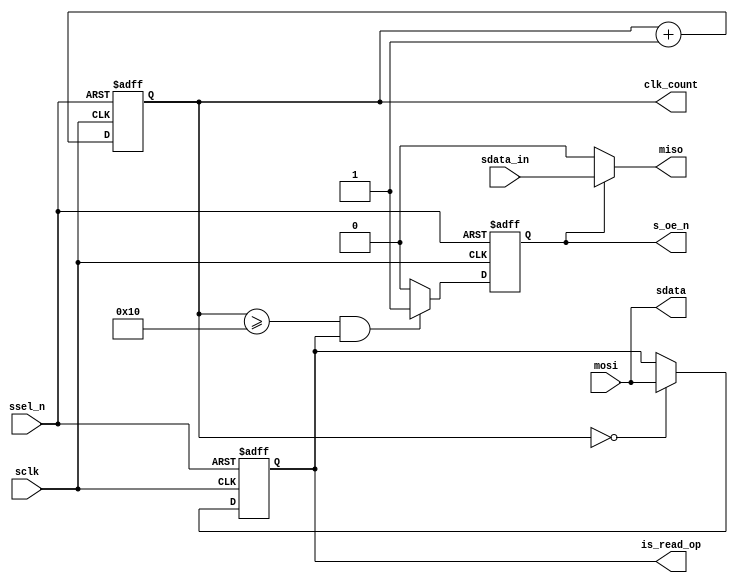


module spi_oe_gen_for_ad9253_3wire_interface
(
input ssel_n,
input sclk,
input wire mosi,
output wire miso,
output reg s_oe_n,
output wire sdata,
input wire sdata_in,
output reg is_read_op = 0,
output reg [7:0] clk_count = 0
) /* synthesis black_box */;



always @(posedge sclk or posedge ssel_n)
begin 
     if (ssel_n)
	 begin
		  is_read_op <= 0;
		  clk_count <= 0;
	 end else
	 begin
	      if (clk_count == 0)
		  begin //stop counting once R/W bit is reached		        
				is_read_op <= sdata;
		  end
		  clk_count <= clk_count + 1;
	 end
end


always @(negedge sclk or posedge ssel_n)
begin 
     if (ssel_n)
	 begin
	      s_oe_n <= 0;
		 
	 end else
	 begin
		  if ((clk_count >= 16) & is_read_op)
		  begin
		  	     s_oe_n <= 1; //read operation
		  end else
		  begin
		  	     s_oe_n <= 0;  //write operation or operation type has not been determined yet
		  end 
    end
end

assign sdata = mosi; //only reaches ADC if output is enabled
assign miso = s_oe_n ?  sdata_in : 1'b0;
 
endmodule